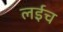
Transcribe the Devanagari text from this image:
लईच